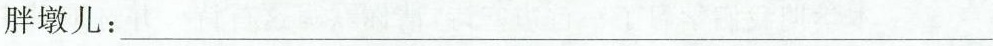
胖墩儿：___